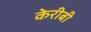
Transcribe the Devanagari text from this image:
केरीबी